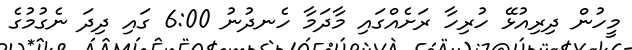
މީހުން ދިރިއުޅޭ ހުރިހާ ރަށެއްގައި މާދަމާ ހެނދުނު 6:00 ގައި ދިދަ ނެގުމުގެ